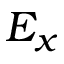
E _ { x }